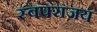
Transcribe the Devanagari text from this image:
स्वपराजय